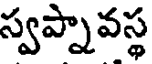
స్వప్నావస్థ